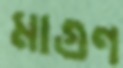
মাগুণ